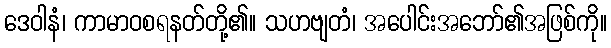
ဒေဝါနံ၊ ကာမာဝစရနတ်တို့၏။ သဟဗျတံ၊ အပေါင်းအဘော်၏အဖြစ်ကို။